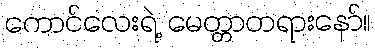
ကောင်လေးရဲ့ မေတ္တာတရားနော်။